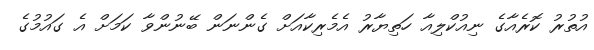
އުތުރު ކޮރެއާގެ ނިއުކްލިއާ ހަތިޔާރު އެމެރިކާއަށް ގެންނަން ބޭނުންވާ ކަމަށް އެ ގައުމުގެ